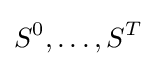
S^{0},\ldots ,S^{T}